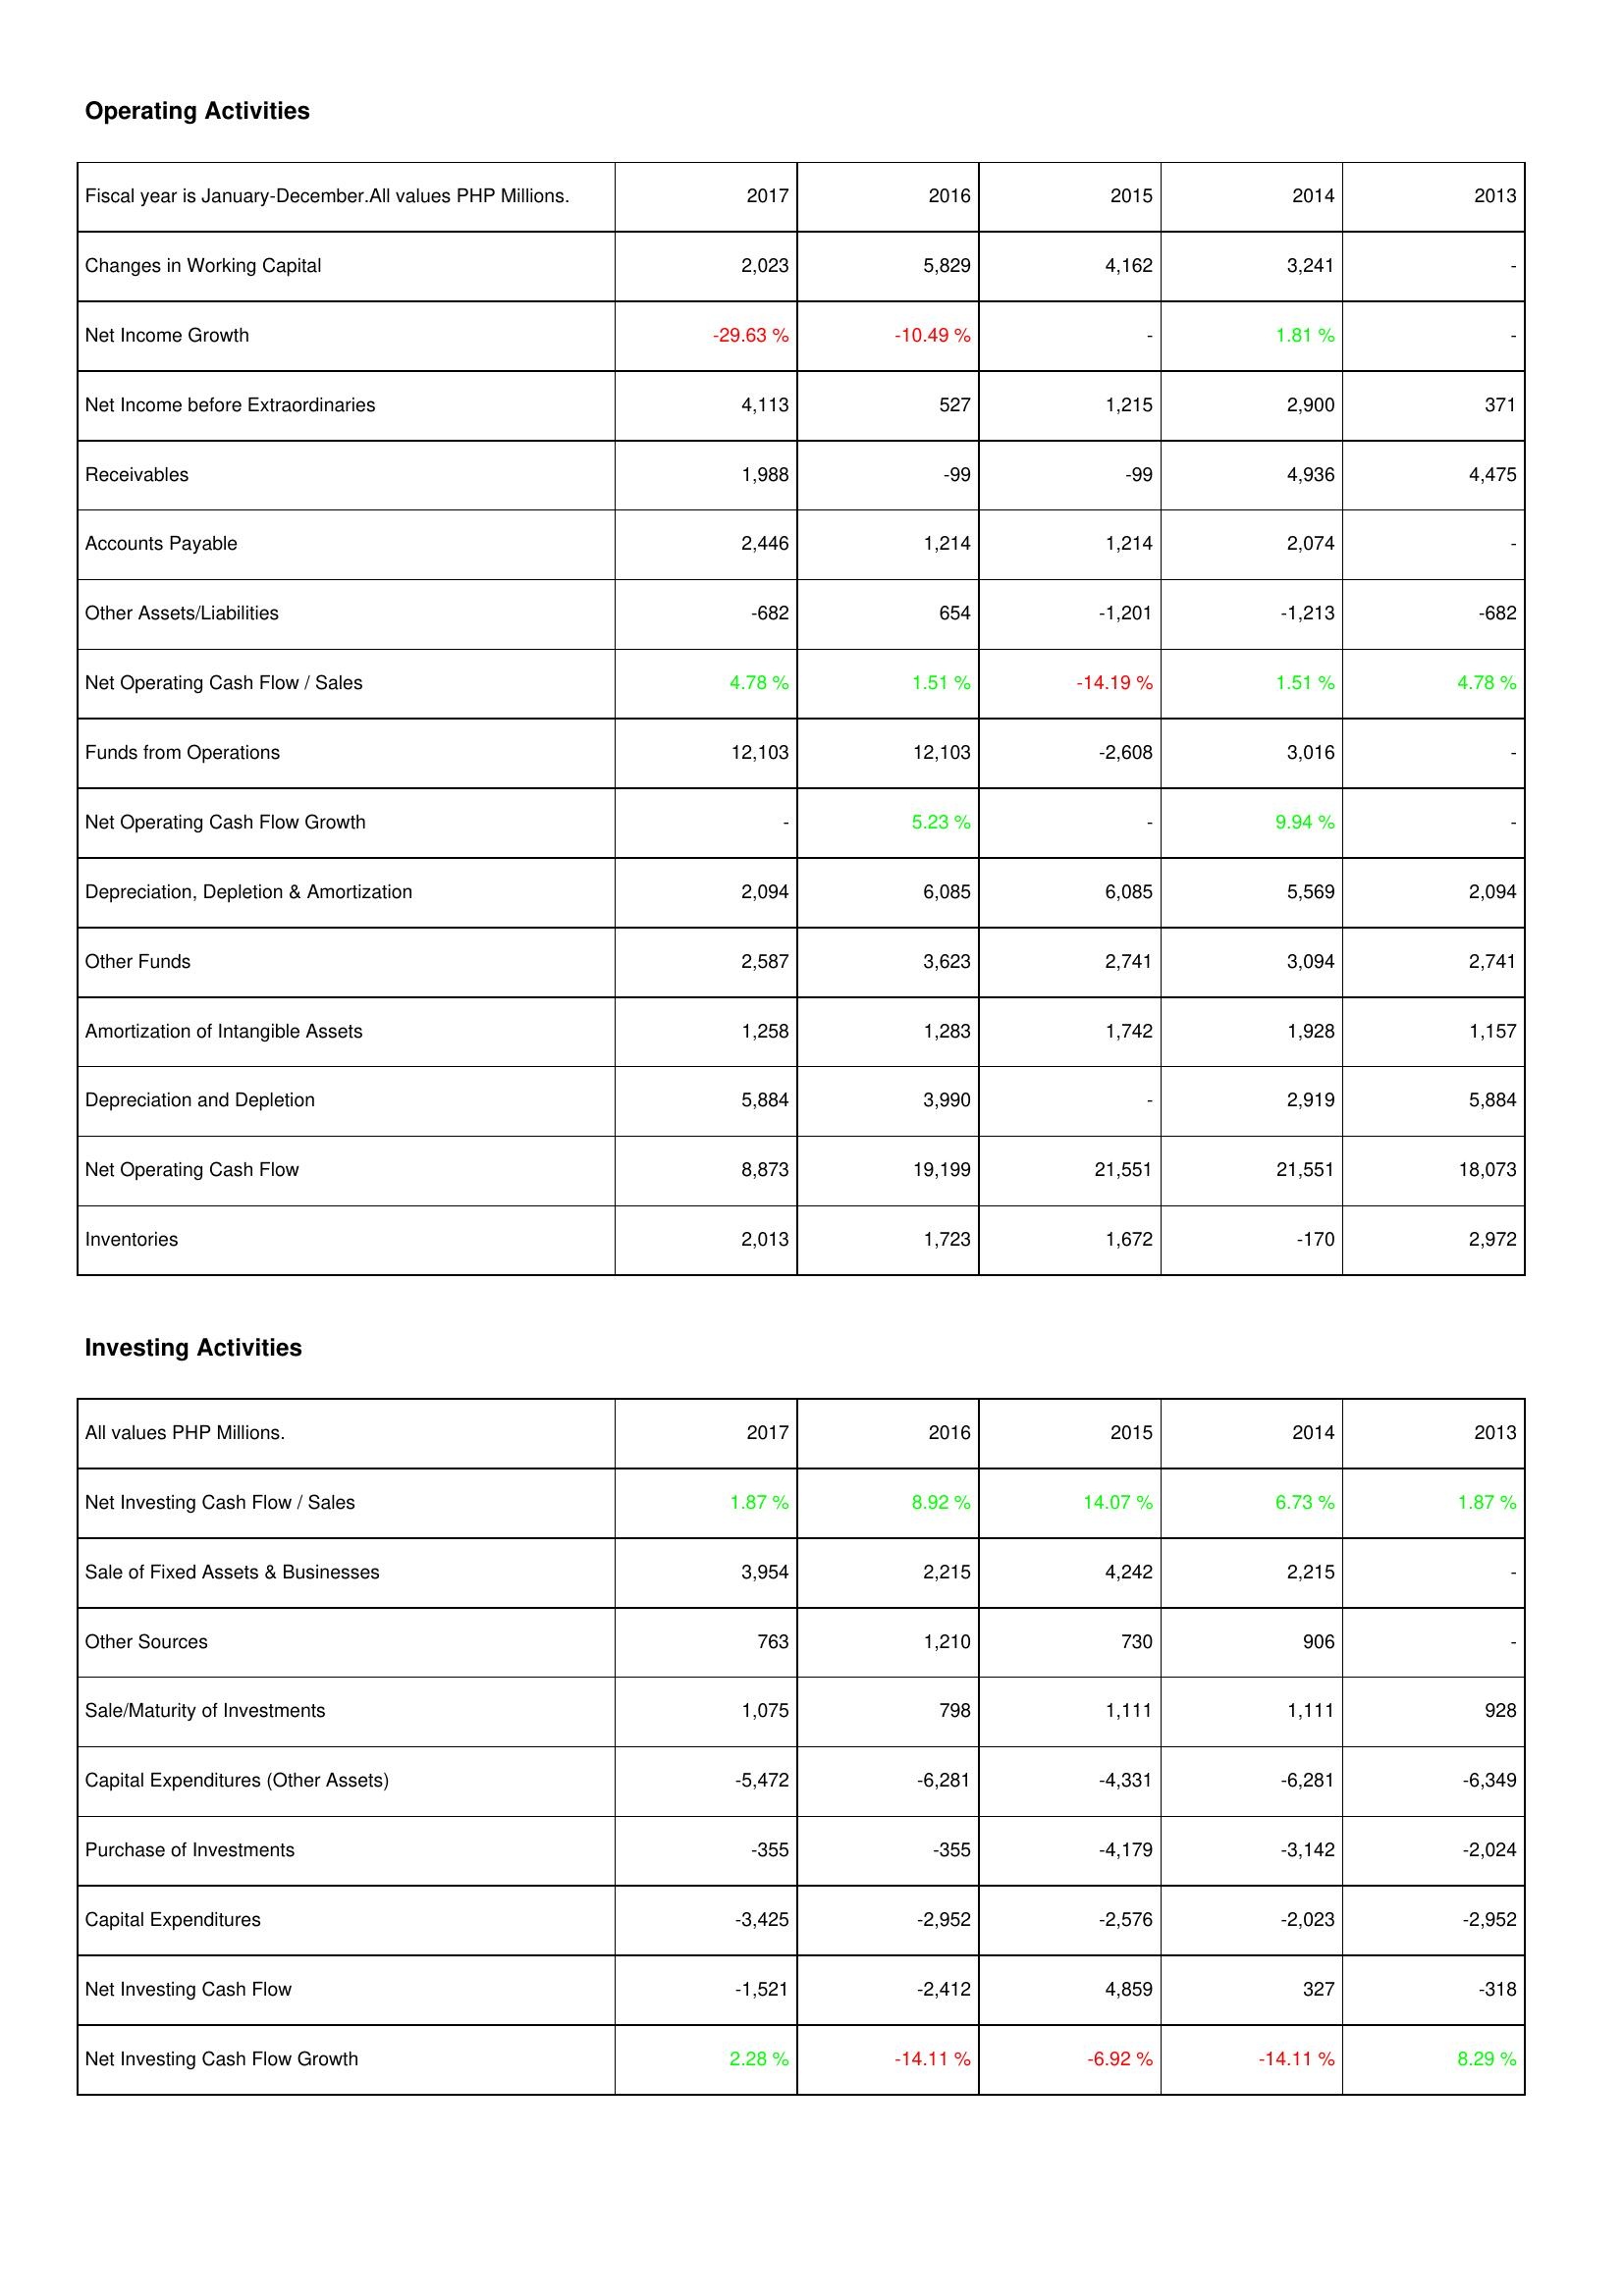
2017: Operating Activities: Changes in Working Capital: 2,023
Net Income Growth: -29.63 %
Net Income before Extraordinaries: 4,113
Receivables: 1,988
Accounts Payable: 2,446
Other Assets/Liabilities: -682
Net Operating Cash Flow / Sales: 4.78 %
Funds from Operations: 12,103
Net Operating Cash Flow Growth: -
Depreciation, Depletion & Amortization: 2,094
Other Funds: 2,587
Amortization of Intangible Assets: 1,258
Depreciation and Depletion: 5,884
Net Operating Cash Flow: 8,873
Inventories: 2,013
Investing Activities: Net Investing Cash Flow / Sales: 1.87 %
Sale of Fixed Assets & Businesses: 3,954
Other Sources: 763
Sale/Maturity of Investments: 1,075
Capital Expenditures (Other Assets): -5,472
Purchase of Investments: -355
Capital Expenditures: -3,425
Net Investing Cash Flow: -1,521
Net Investing Cash Flow Growth: 2.28 %
2016: Operating Activities: Changes in Working Capital: 5,829
Net Income Growth: -10.49 %
Net Income before Extraordinaries: 527
Receivables: -99
Accounts Payable: 1,214
Other Assets/Liabilities: 654
Net Operating Cash Flow / Sales: 1.51 %
Funds from Operations: 12,103
Net Operating Cash Flow Growth: 5.23 %
Depreciation, Depletion & Amortization: 6,085
Other Funds: 3,623
Amortization of Intangible Assets: 1,283
Depreciation and Depletion: 3,990
Net Operating Cash Flow: 19,199
Inventories: 1,723
Investing Activities: Net Investing Cash Flow / Sales: 8.92 %
Sale of Fixed Assets & Businesses: 2,215
Other Sources: 1,210
Sale/Maturity of Investments: 798
Capital Expenditures (Other Assets): -6,281
Purchase of Investments: -355
Capital Expenditures: -2,952
Net Investing Cash Flow: -2,412
Net Investing Cash Flow Growth: -14.11 %
2015: Operating Activities: Changes in Working Capital: 4,162
Net Income Growth: -
Net Income before Extraordinaries: 1,215
Receivables: -99
Accounts Payable: 1,214
Other Assets/Liabilities: -1,201
Net Operating Cash Flow / Sales: -14.19 %
Funds from Operations: -2,608
Net Operating Cash Flow Growth: -
Depreciation, Depletion & Amortization: 6,085
Other Funds: 2,741
Amortization of Intangible Assets: 1,742
Depreciation and Depletion: -
Net Operating Cash Flow: 21,551
Inventories: 1,672
Investing Activities: Net Investing Cash Flow / Sales: 14.07 %
Sale of Fixed Assets & Businesses: 4,242
Other Sources: 730
Sale/Maturity of Investments: 1,111
Capital Expenditures (Other Assets): -4,331
Purchase of Investments: -4,179
Capital Expenditures: -2,576
Net Investing Cash Flow: 4,859
Net Investing Cash Flow Growth: -6.92 %
2014: Operating Activities: Changes in Working Capital: 3,241
Net Income Growth: 1.81 %
Net Income before Extraordinaries: 2,900
Receivables: 4,936
Accounts Payable: 2,074
Other Assets/Liabilities: -1,213
Net Operating Cash Flow / Sales: 1.51 %
Funds from Operations: 3,016
Net Operating Cash Flow Growth: 9.94 %
Depreciation, Depletion & Amortization: 5,569
Other Funds: 3,094
Amortization of Intangible Assets: 1,928
Depreciation and Depletion: 2,919
Net Operating Cash Flow: 21,551
Inventories: -170
Investing Activities: Net Investing Cash Flow / Sales: 6.73 %
Sale of Fixed Assets & Businesses: 2,215
Other Sources: 906
Sale/Maturity of Investments: 1,111
Capital Expenditures (Other Assets): -6,281
Purchase of Investments: -3,142
Capital Expenditures: -2,023
Net Investing Cash Flow: 327
Net Investing Cash Flow Growth: -14.11 %
2013: Operating Activities: Changes in Working Capital: -
Net Income Growth: -
Net Income before Extraordinaries: 371
Receivables: 4,475
Accounts Payable: -
Other Assets/Liabilities: -682
Net Operating Cash Flow / Sales: 4.78 %
Funds from Operations: -
Net Operating Cash Flow Growth: -
Depreciation, Depletion & Amortization: 2,094
Other Funds: 2,741
Amortization of Intangible Assets: 1,157
Depreciation and Depletion: 5,884
Net Operating Cash Flow: 18,073
Inventories: 2,972
Investing Activities: Net Investing Cash Flow / Sales: 1.87 %
Sale of Fixed Assets & Businesses: -
Other Sources: -
Sale/Maturity of Investments: 928
Capital Expenditures (Other Assets): -6,349
Purchase of Investments: -2,024
Capital Expenditures: -2,952
Net Investing Cash Flow: -318
Net Investing Cash Flow Growth: 8.29 %